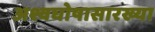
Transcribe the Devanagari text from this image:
अश्वघोषासारख्या